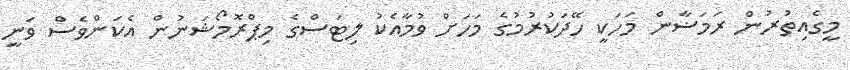
މީގެއިތުރުން ރަމަޟާން މަހަކީ ހޭދަކުރުމުގެ މަހަށް ވުމާއެކު ލިޓަސްގެ މިޕްރޮމޯޝަނުން އެކަންވެސް ވަނީ